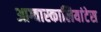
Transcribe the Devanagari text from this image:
आग्वास्कालियांटेस